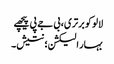
لالو کو برتری، بی جے پی پیچھے
بہار الیکشن؛ نتیش۔